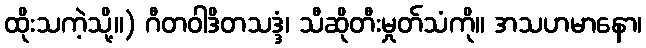
ထိုးသကဲ့သို့။) ဂီတဝါဒိတသဒ္ဒံ၊ သီဆိုတီးမှုတ်သံကို။ အသဟမာနော၊